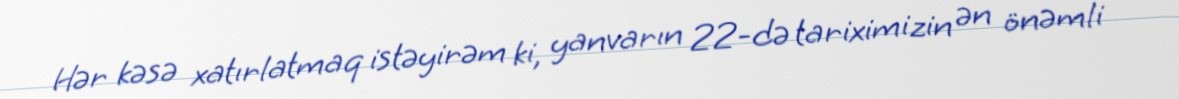
Hər kəsə xatırlatmaq istəyirəm ki, yanvarın 22-də tariximizin ən önəmli